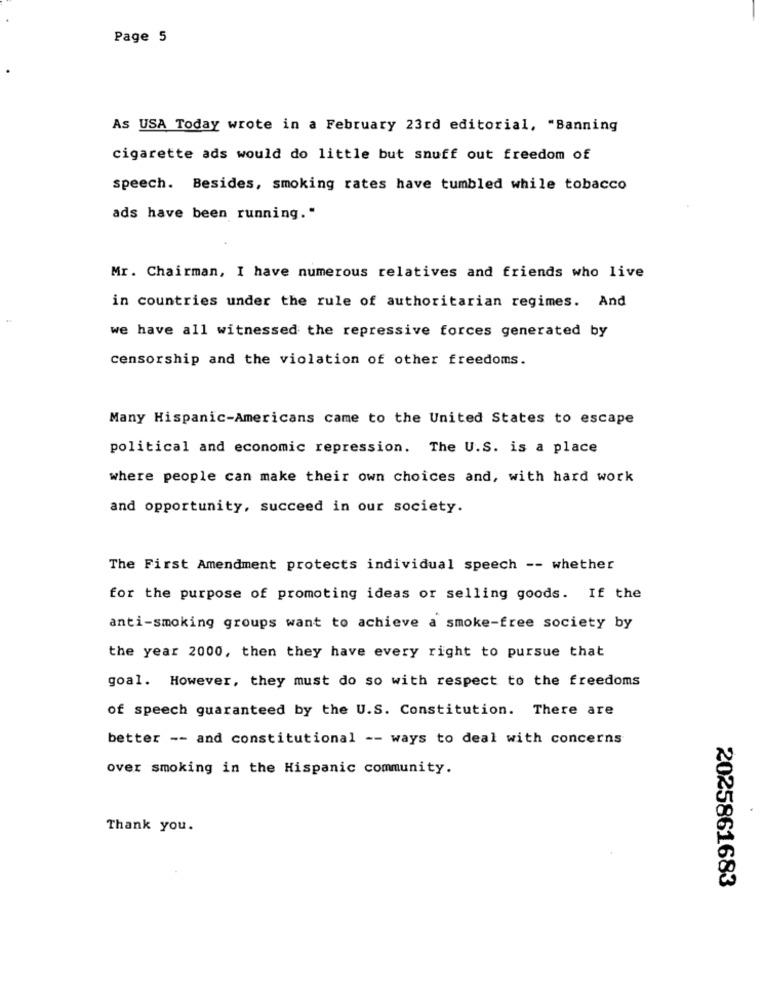
Page 5
As USA Today wrote in a February 23rd editorial, "Banning
cigarette ads would do little but snuff out freedom of
speech. Besides, smoking rates have tumbled while tobacco
ads have been running."
Mr. Chairman, I have numerous relatives and friends who live
in countries under the rule of authoritarian regimes. And
we have all witnessed the repressive forces generated by
censorship and the violation of other freedoms.
Many Hispanic-Americans came to the United States to escape
political and economic repression. The U.S. is a place
where people can make their own choices and, with hard work
and opportunity, succeed in our society.
The First Amendment protects individual speech -- whether
for the purpose of promoting ideas or selling goods. If the
anti-smoking groups want to achieve a smoke-free society by
the year 2000, then they have every right to pursue that
goal. However, they must do so with respect to the freedoms
of speech guaranteed by the U.S. Constitution. There are
better -- and constitutional -- ways to deal with concerns
over smoking in the Hispanic community.
Thank you.
2025861683